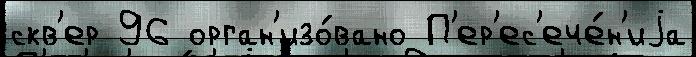
скв'ер 96 орган'изо́вано П'ер'ес'ече́н'иjа